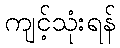
ကျင့်သုံးရန်